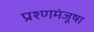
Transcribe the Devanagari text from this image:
प्रश्णमंजूषा